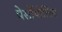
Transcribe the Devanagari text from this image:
पेर्सोपोलिस